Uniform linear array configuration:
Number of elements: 16
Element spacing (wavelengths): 0.25
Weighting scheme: cosine
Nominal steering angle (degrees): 0
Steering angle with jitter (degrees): -1.69
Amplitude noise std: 0.05
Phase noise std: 0.05

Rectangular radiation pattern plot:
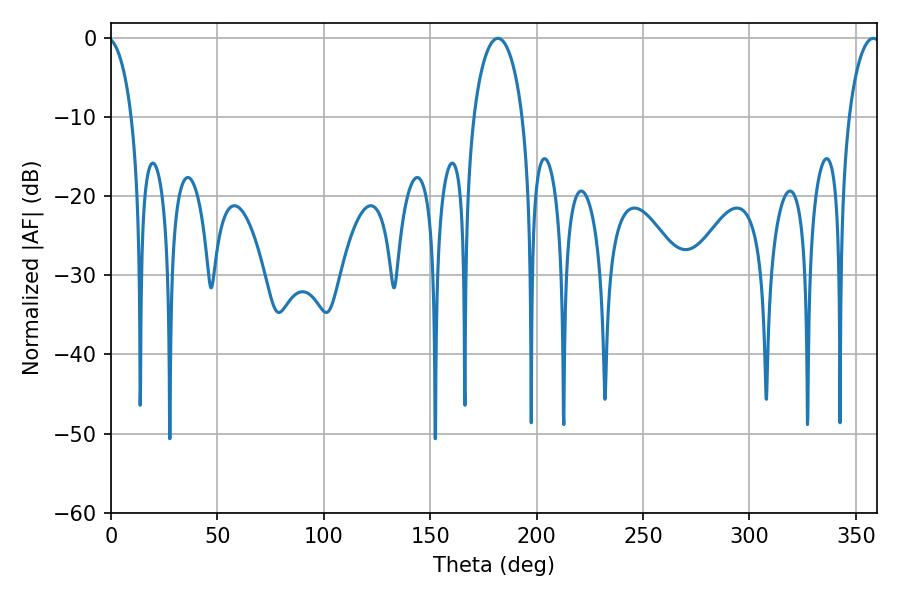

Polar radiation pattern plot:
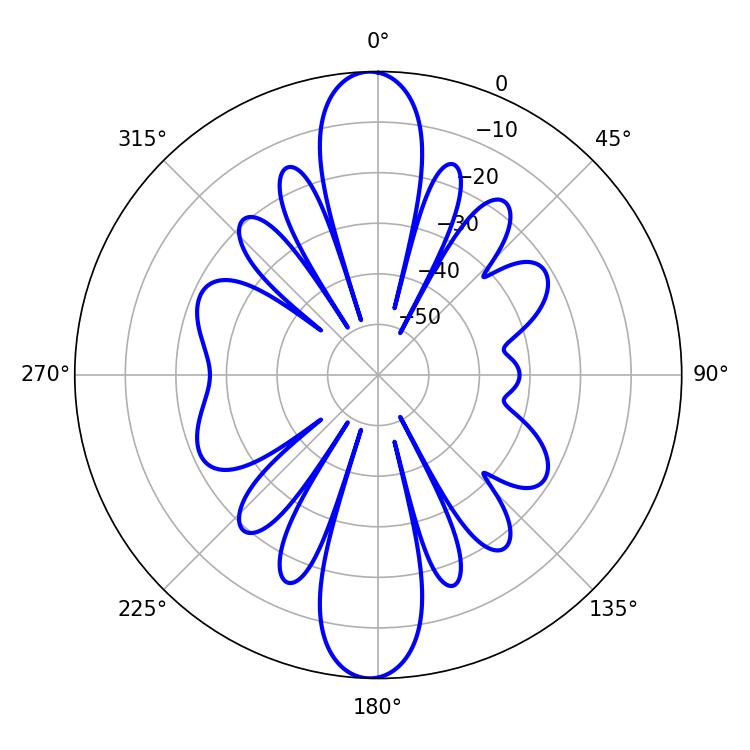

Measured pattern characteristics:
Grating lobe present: FALSE
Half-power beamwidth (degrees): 13.32
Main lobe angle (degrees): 181.8